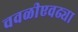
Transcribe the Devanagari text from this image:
चवळीएवढ्या